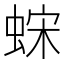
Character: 𫋀